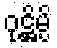
ဝုဋ္ဌိမ္ပိ